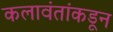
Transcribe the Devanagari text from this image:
कलावंतांकडून